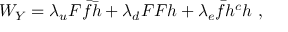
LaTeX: W _ { Y } = \lambda _ { u } F \bar { f } \bar { h } + \lambda _ { d } F F h + \lambda _ { e } \bar { f } h ^ { c } h \ ,